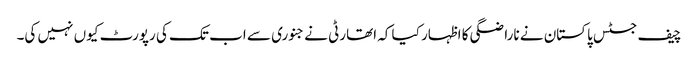
چیف جسٹس پاکستان نے ناراضگی کا اظہار کیا کہ اتھارٹی نے جنوری سے اب تک کی رپورٹ کیوں نہیں کی۔